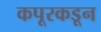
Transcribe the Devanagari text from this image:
कपूरकडून